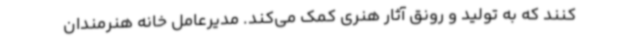
کنند که به تولید و رونق آثار هنری کمک می‌کند. مدیرعامل خانه هنرمندان